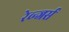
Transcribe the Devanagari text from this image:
रेव्न्जर्स